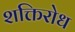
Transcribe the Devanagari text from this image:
शक्तिरोध